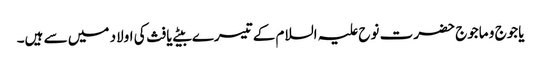
یاجوج و ماجوج حضرت نوح علیہ السلام کے تیسرے بیٹے یافث کی اولاد میں سے ہیں۔